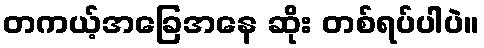
တကယ့်အခြေအနေ ဆိုး တစ်ရပ်ပါပဲ။